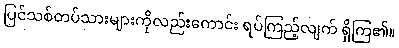
ပြင်သစ်တပ်သားများကိုလည်းကောင်း ရပ်ကြည့်လျက် ရှိကြ၏။